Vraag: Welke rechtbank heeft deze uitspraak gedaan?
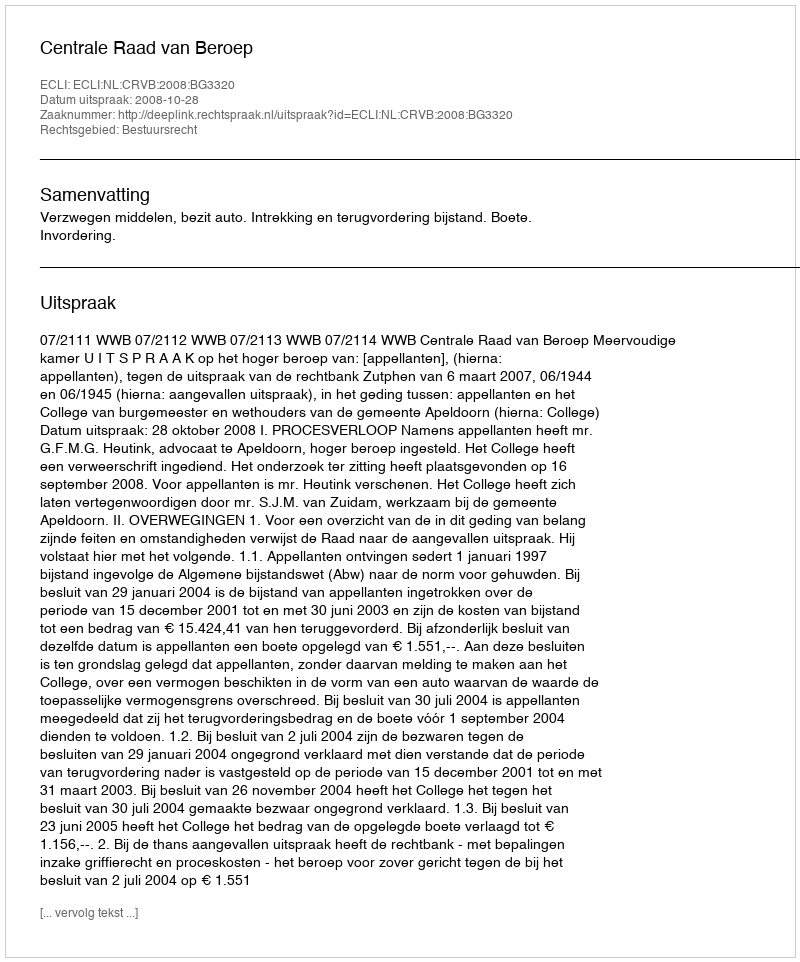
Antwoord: Centrale Raad van Beroep